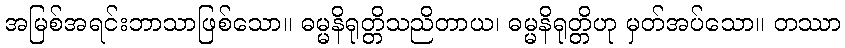
အမြစ်အရင်းဘာသာဖြစ်သော။ ဓမ္မနိရုတ္တိသညိတာယ၊ ဓမ္မနိရုတ္တိဟု မှတ်အပ်သော။ တဿာ